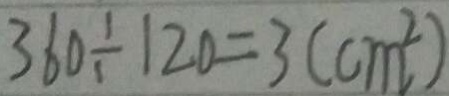
3 6 0 \div 1 2 0 = 3 ( c m ^ { 2 } )